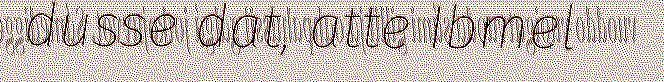
dusse dat, atte Ibmel